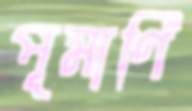
পূমার্ণি